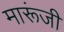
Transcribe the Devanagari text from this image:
मारूंजी